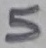
Text: 5